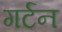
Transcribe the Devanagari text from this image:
गर्टन